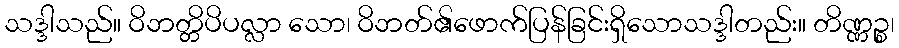
သဒ္ဒါသည်။ ဝိဘတ္တိပိပလ္လာ သော၊ ဝိဘတ်၏ဖောက်ပြန်ခြင်းရှိသောသဒ္ဒါတည်း။ တိဏ္ဏဉ္စ၊